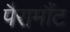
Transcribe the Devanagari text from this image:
पैरामौंट